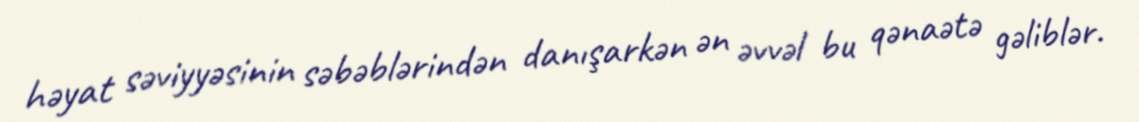
həyat səviyyəsinin səbəblərindən danışarkən ən əvvəl bu qənaətə gəliblər.